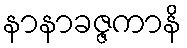
နာနာခဇ္ဇကာနိ